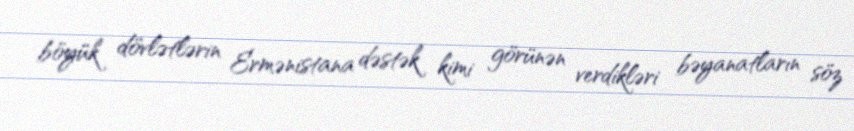
böyük dövlətlərin Ermənistana dəstək kimi görünən verdikləri bəyanatların söz